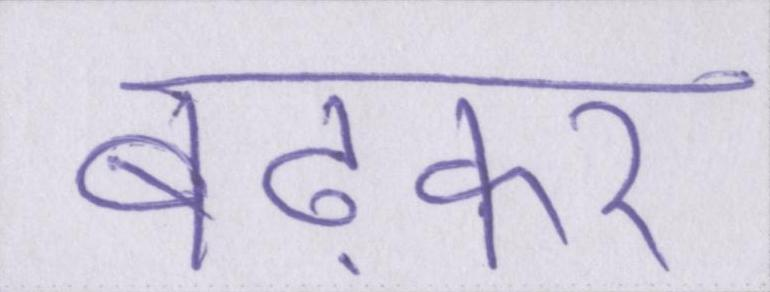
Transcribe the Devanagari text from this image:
बढ़कर